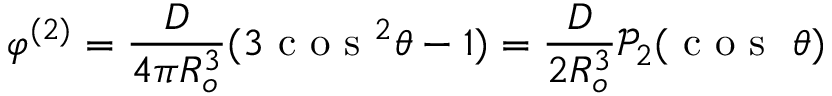
\varphi ^ { ( 2 ) } = \frac { D } { 4 \pi R _ { o } ^ { 3 } } ( 3 \textrm { c o s } ^ { 2 } \theta - 1 ) = \frac { D } { 2 R _ { o } ^ { 3 } } \mathcal { P } _ { 2 } ( \textrm { c o s } \ \theta )